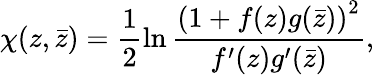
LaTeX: \chi(z,\bar{z})=\frac{1}{2}\ln\frac{\left(1+f(z)g(\bar{z})\right)^{2}}{f^{\prime}(z)g^{\prime}(\bar{z})},